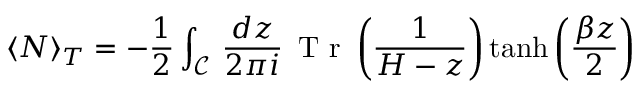
\langle N \rangle _ { T } = - \frac { 1 } { 2 } \int _ { \mathcal { C } } \, \frac { d z } { 2 \pi i } \, \textrm { T r } \left( \frac { 1 } { H - z } \right) \operatorname { t a n h } \left( \frac { \beta z } { 2 } \right)